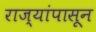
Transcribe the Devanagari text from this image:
राज्यांपासून